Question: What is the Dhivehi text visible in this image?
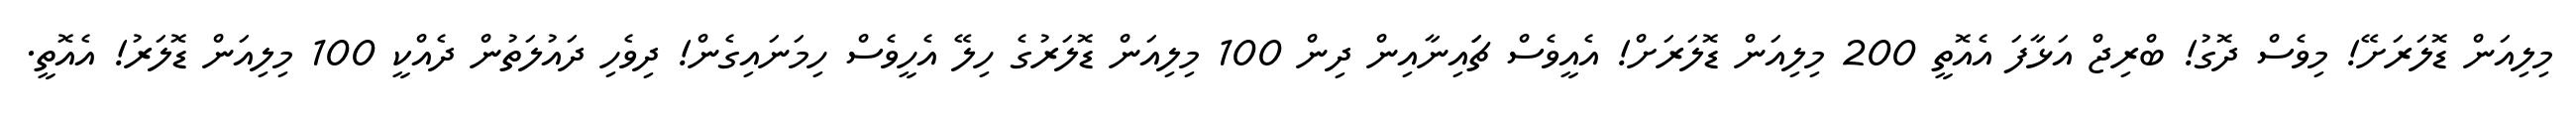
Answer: މިލިއަން ޑޮލަރަށޭ! މިވެސް ދޮގު! ބްރިޖް އަޅާފަ އެއޮތީ 200 މިލިއަން ޑޮލަރަށް! އެއީވެސް ޗަައިނާއިން ދިން 100 މިލިއަން ޑޮލަރުގެ ހިލޭ އެހީވެސް ހިމަނައިގެން! ދިވެހި ދައުލަތުން ދެއްކީ 100 މިލިއަން ޑޮލަރު! އެއޮތީ.